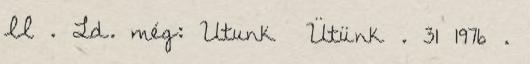
II . Ld. még: Utunk Ütünk . 31 1976 .